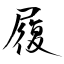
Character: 履